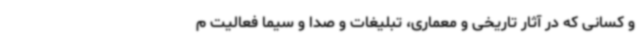
و کسانی که در آثار تاریخی و معماری، تبلیغات و صدا و سیما فعالیت م